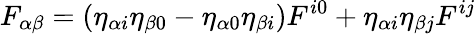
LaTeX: F_{\alpha\beta}=\left(\eta_{\alpha i}\eta_{\beta 0}-\eta_{\alpha 0}\eta_{\beta i}\right)F^{i0}+\eta_{\alpha i}\eta_{\beta j}F^{ij}